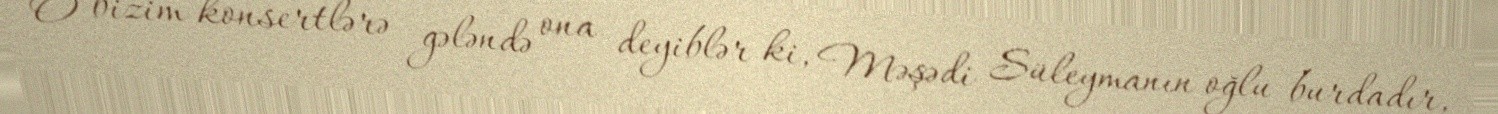
O bizim konsertlərə gələndə ona deyiblər ki, Məşədi Süleymanın oğlu burdadır,